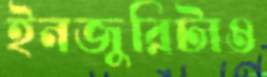
ইনজুরিটাও